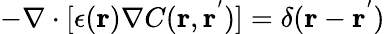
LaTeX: -\nabla\cdot[\epsilon(\mathbf{r})\nabla C(\mathbf{r},\mathbf{r^{'}})]=\delta(\mathbf{r}-\mathbf{r^{'}})